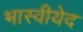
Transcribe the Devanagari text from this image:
भास्वीयेद